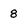
Character: 8